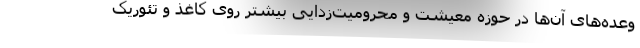
وعده‌های آن‌ها در حوزه معیشت و محرومیت‌زدایی بیشتر روی کاغذ و تئوریک